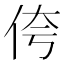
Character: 侉